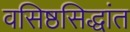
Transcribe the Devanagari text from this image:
वसिष्ठसिद्धांत